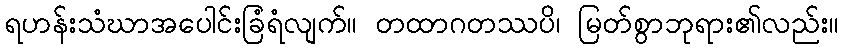
ရဟန်းသံဃာအပေါင်းခြံရံလျက်။ တထာဂတဿပိ၊ မြတ်စွာဘုရား၏လည်း။